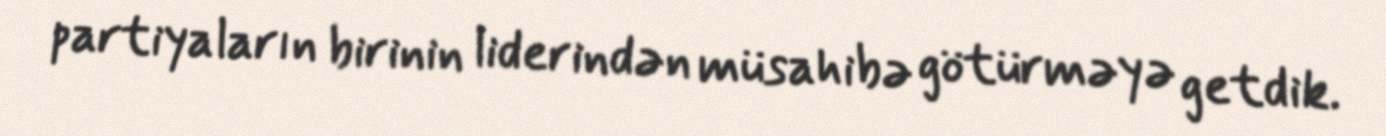
partiyaların birinin liderindən müsahibə götürməyə getdik.